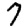
Digit: 7